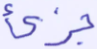
جزئ